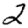
Digit: 2